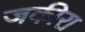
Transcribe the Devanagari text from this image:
जकीरा